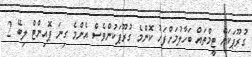
ގުރޫޕަކަށް ޓީމްތައް ބަހާލުމަށްފަހު ކޮންމެ ގުރޫޕަކުންވެސް އެންމެ ގިނަ ޕޮއިންޓް ލިބޭ 2